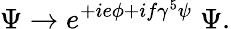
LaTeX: \Psi\rightarrow e^{+ie\phi+if\gamma^{5}\psi}\; \Psi.